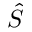
\hat { S }